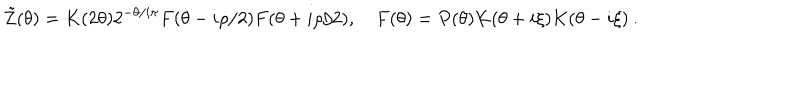
\tilde { Z } ( \theta ) = K ( 2 \theta ) 2 ^ { - \theta / i \pi } F ( \theta - i \rho / 2 ) F ( \theta + i \rho / 2 ) , \quad F ( \theta ) = P ( \theta ) K ( \theta + i \xi ) K ( \theta - i \xi ) \: .